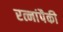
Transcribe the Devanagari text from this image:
रत्नांपैकी